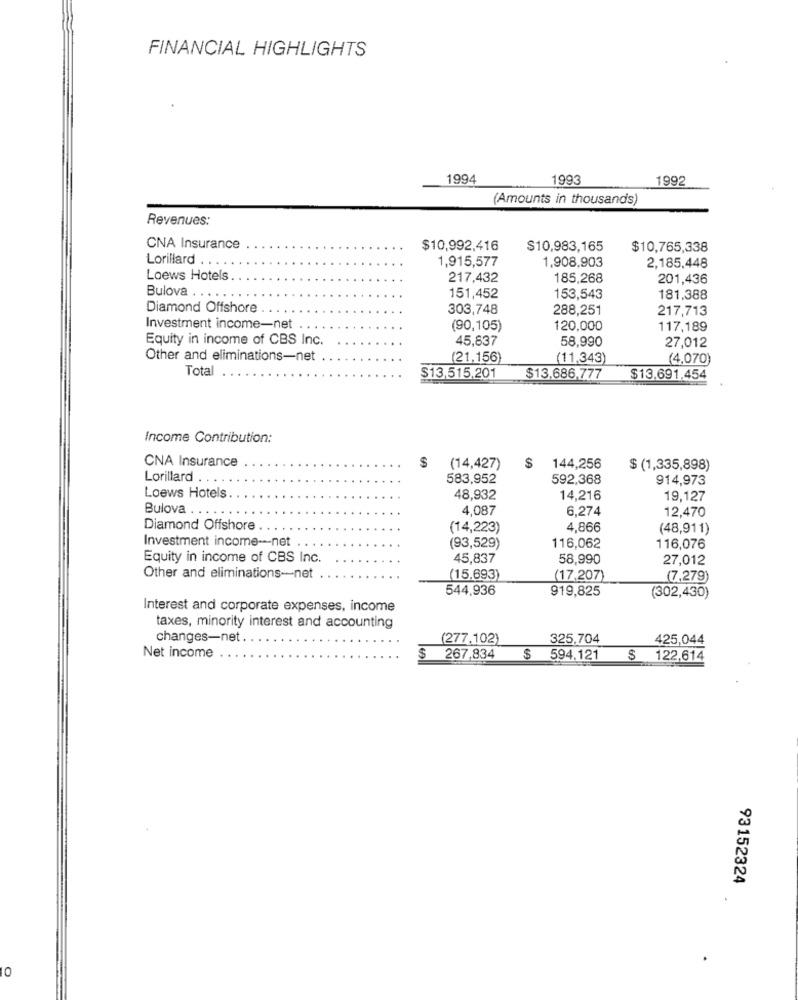
FINANCIAL HIGHLIGHTS
1994
1993
1992
(Amounts in thousands)
Revenues:
CNA Insurance
$10,992,416
$10,983,165
$10,765,338
Lorillard
1,915,577
1,908,903
2,185,448
Loews Hotels
217,432
185,268
201,436
Bulova . ..
151,452
153,543
181,388
Diamond Offshore
303,748
288,251
217,713
Investment income-net
(90,105)
120,000
117,189
Equity in income of CBS Inc.
45,837
58,990
27,012
Other and eliminations-net
(21,156)
(11,343)
(4,070)
Total
$13,515,201
$13.686,777
$13,691,454
Income Contribution:
CNA Insurance
(14,427)
$
144,256
$ (1,335,898)
Lorillard
583,952
592,368
914,973
Loews Hotels
48,932
14,216
19,127
Bulova
4,087
6,274
12,470
Diamond Offshore
(14,223)
4,866
(48,911)
Investment income-net
(93,529)
116,062
116,076
Equity in income of CBS Inc.
45,837
58,990
27,012
Other and eliminations-net .
(15.693)
(17,207)
(7,279)
544,936
919,825
(302,430)
Interest and corporate expenses, income
taxes, minority interest and accounting
changes-net .
(277.102)
325,704
425,044
Net income
267,834 $
594,121 $ 122,614
93152324
.
0